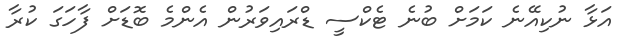
އަޅާ ނުކިއޭނެ ކަމަށް ބުނެ ޓެކްސީ ޑްރައިވަރުން އެންމެ ބޮޑަށް ފާހަގަ ކުރާ